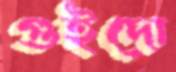
গুইদো